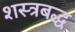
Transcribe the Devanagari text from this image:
शस्त्रबद्ध